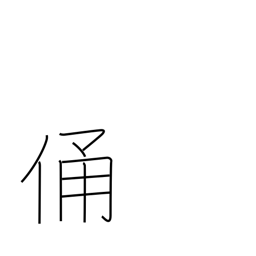
Meaning: effigy